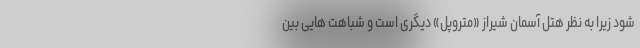
شود زیرا به نظر هتل آسمان شیراز «متروپل» دیگری است و شباهت هایی بین